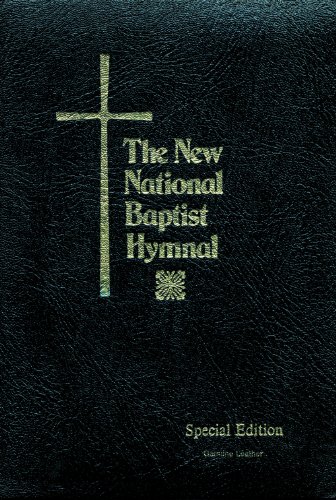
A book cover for New National Baptist Hymnal - Special Leather Presentation (Pulpit Edition); Christian Books & Bibles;